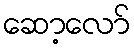
ဆော့လော်